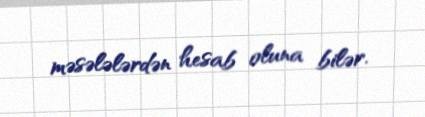
məsələlərdən hesab oluna bilər.